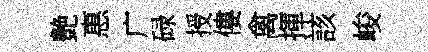
艶惠广碌授僂禽揮該峻